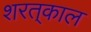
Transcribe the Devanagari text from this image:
शरत्‌काल